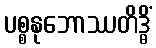
ပစ္စနုဘောဿတိဒ္ဓိံ